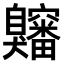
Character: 𫇍